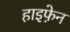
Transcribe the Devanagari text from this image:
हाइफे़न